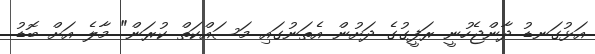
އަޅުގަނޑު ދާންޖެހުނީ ރަފީގުގެ ދަށުން އެތަނުގައި މަސައްކަތް ކުރަން" މާލެ އަށް ބޮޑު